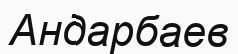
Андарбаев